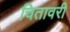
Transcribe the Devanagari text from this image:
चितावरी